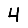
Digit: 4